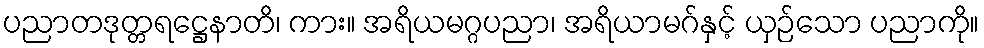
ပညာတဒုတ္တရဋ္ဌေနာတိ၊ ကား။ အရိယမဂ္ဂပညာ၊ အရိယာမဂ်နှင့် ယှဉ်သော ပညာကို။